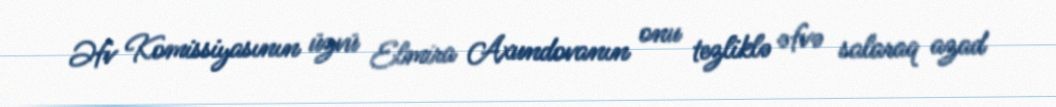
Əfv Komissiyasının üzvü Elmira Axundovanın onu tezliklə əfvə salaraq azad